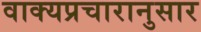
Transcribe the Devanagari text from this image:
वाक्यप्रचारानुसार